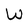
Character: W